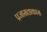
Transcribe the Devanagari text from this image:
प्रजासत्ताकास